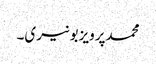
محمدپرویزبونیری۔